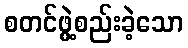
စတင်ဖွဲ့စည်းခဲ့သော